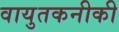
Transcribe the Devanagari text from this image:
वायुतकनीकी